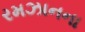
રમઝાનના